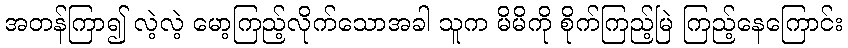
အတန်ကြာ၍ လဲ့လဲ့ မော့ကြည့်လိုက်သောအခါ သူက မိမိကို စိုက်ကြည့်မြဲ ကြည့်နေကြောင်း